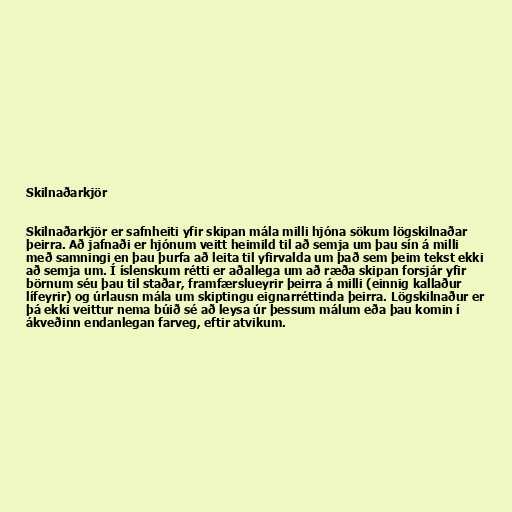
Skilnaðarkjör

Skilnaðarkjör er safnheiti yfir skipan mála milli hjóna sökum lögskilnaðar
þeirra. Að jafnaði er hjónum veitt heimild til að semja um þau sín á milli
með samningi en þau þurfa að leita til yfirvalda um það sem þeim tekst ekki
að semja um. Í íslenskum rétti er aðallega um að ræða skipan forsjár yfir
börnum séu þau til staðar, framfærslueyrir þeirra á milli (einnig kallaður
lífeyrir) og úrlausn mála um skiptingu eignarréttinda þeirra. Lögskilnaður er
þá ekki veittur nema búið sé að leysa úr þessum málum eða þau komin í
ákveðinn endanlegan farveg, eftir atvikum.